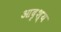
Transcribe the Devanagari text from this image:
आदृश्य